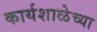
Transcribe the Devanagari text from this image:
कार्यशाळेच्या